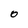
Character: O